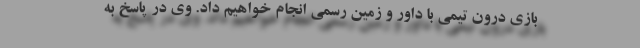
بازی درون تیمی با داور و زمین رسمی انجام خواهیم داد. وی در پاسخ به